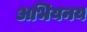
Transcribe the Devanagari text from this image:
अभियनय